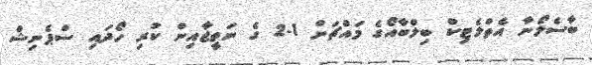
ބާސެލޯނާ އެތްލެޓިކް ބިލްބާއޯގެ މައްޗަށް 1-2 ގެ ނަތީޖާއިން ކުރި ހޯދައި ސްޕެނިޝް